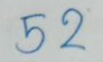
52